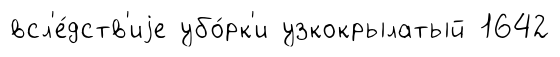
всл'е́дств'иjе убо́рк'и узкокрылатый 1642